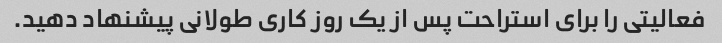
فعالیتی را برای استراحت پس از یک روز کاری طولانی پیشنهاد دهید.